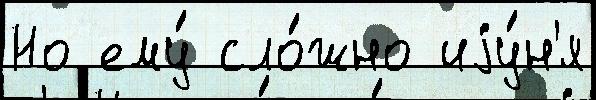
Но ему́ сло́жно иjу́н'я